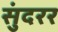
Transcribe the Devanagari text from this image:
सुंदरर